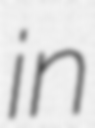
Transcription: in